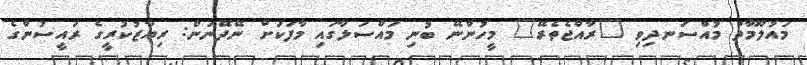
މައުލޫމާތު މުއްސަނދިވި "ރާއްޖެތެރޭ" މީހުންނޭ ބުނި މައްސަލާގައި މާފަކަށް ނޭދޭނަން: ރިޔާޒުކުރީގެ ރައީސުންގެ